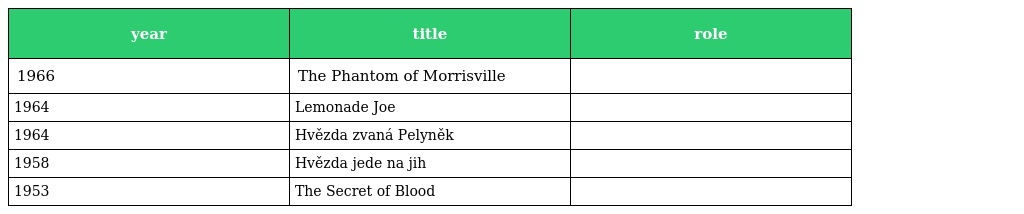
| year | title | role |
 | --- | --- | --- |
 | 1966 | The Phantom of Morrisville |  |
 | 1964 | Lemonade Joe |  |
 | 1964 | Hvězda zvaná Pelyněk |  |
 | 1958 | Hvězda jede na jih |  |
 | 1953 | The Secret of Blood |  |